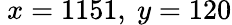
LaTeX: \ x=1151,\ y=120